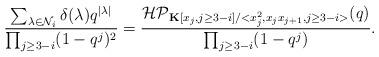
LaTeX: \begin{align*}\frac{ \sum_{\lambda \in \mathcal{N}_i }\delta(\lambda)q^{\mid \lambda \mid}}{\prod_{j\geq 3-i}(1-q^j)^2}=\frac{\mathcal{HP}_{\textbf{K}[x_j,j\geq 3-i]/<x_j^2,x_jx_{j+1},j\geq 3-i>}(q)}{\prod_{j\geq 3-i}(1-q^j)}.\end{align*}